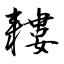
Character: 耬